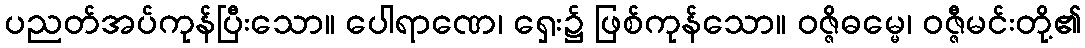
ပညတ်အပ်ကုန်ပြီးသော။ ပေါရာဏေ၊ ရှေး၌ ဖြစ်ကုန်သော။ ဝဇ္ဇိဓမ္မေ၊ ဝဇ္ဇီမင်းတို့၏